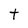
Character: t